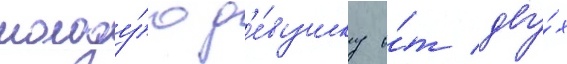
молоду́ю д'е́вушку о́т дву́х